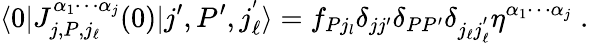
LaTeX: \langle 0|J_{j,P,j_{\ell}}^{\alpha_{1}\cdots\alpha_{j}}(0)|j^{\prime},P^{\prime},j_{\ell}^{'}\rangle=f_{Pj_{l}}\delta_{jj^{\prime}}\delta_{PP^{\prime}}\delta_{j_{\ell}j_{\ell}^{'}}\eta^{\alpha_{1}\cdots\alpha_{j}}\; .